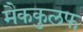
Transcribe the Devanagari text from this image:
मैककुलफ